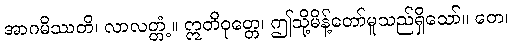
အာဂမိဿတိ၊ လာလတ္တံ့။ ဣတိဝုတ္တေ၊ ဤသို့မိန့်တော်မူသည်ရှိသော်။ တေ၊